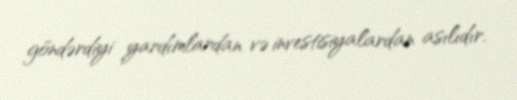
göndərdiyi yardımlardan və investisiyalardan asılıdır.